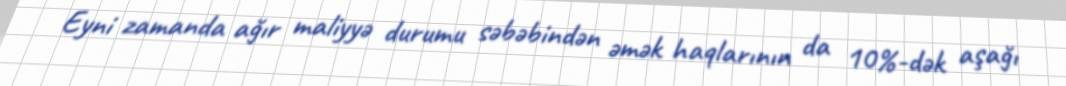
Eyni zamanda ağır maliyyə durumu səbəbindən əmək haqlarının da 10%-dək aşağı